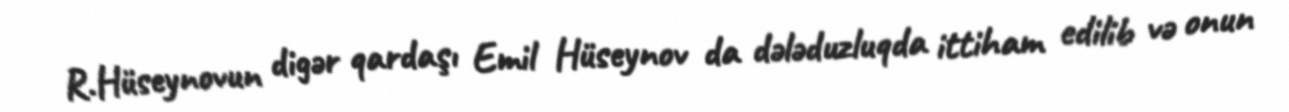
R.Hüseynovun digər qardaşı Emil Hüseynov da dələduzluqda ittiham edilib və onun